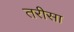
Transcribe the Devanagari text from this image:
तरीसा